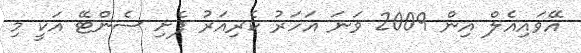
އޭވައިއެލް އިން 2009 ވަނަ އަހަރު ކެރިއަރު ފެށި ސެންޓޭ އަކީ މި